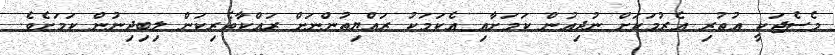
މެސެޖަކީ އުތުރި އެރުމަކަށް ނުދިއުން ކަމަށާއި އެކަމަކު ރައްޔިތުންނަށް ރައްކާތެރިކަން ލިބިދިނުން ކަމަށެވެ.